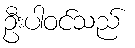
ဦးပါဝင်သည်